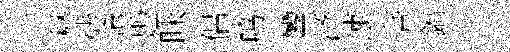
材徒準尟昧侶鸣鑾济速菩鎬